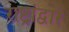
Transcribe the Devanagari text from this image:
राष्ट्रांद्वारे